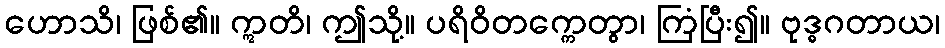
ဟောသိ၊ ဖြစ်၏။ ဣတိ၊ ဤသို့။ ပရိဝိတက္ကေတွာ၊ ကြံပြီး၍။ ဗုဒ္ဓဂတာယ၊